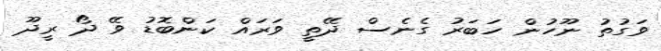
ވަގުތު ނޫހުން ހަބަރު ގެނެސް ދޭތީ ވަރައް ކަންބޮޑު ވޭ ދޯ ރީދޫ